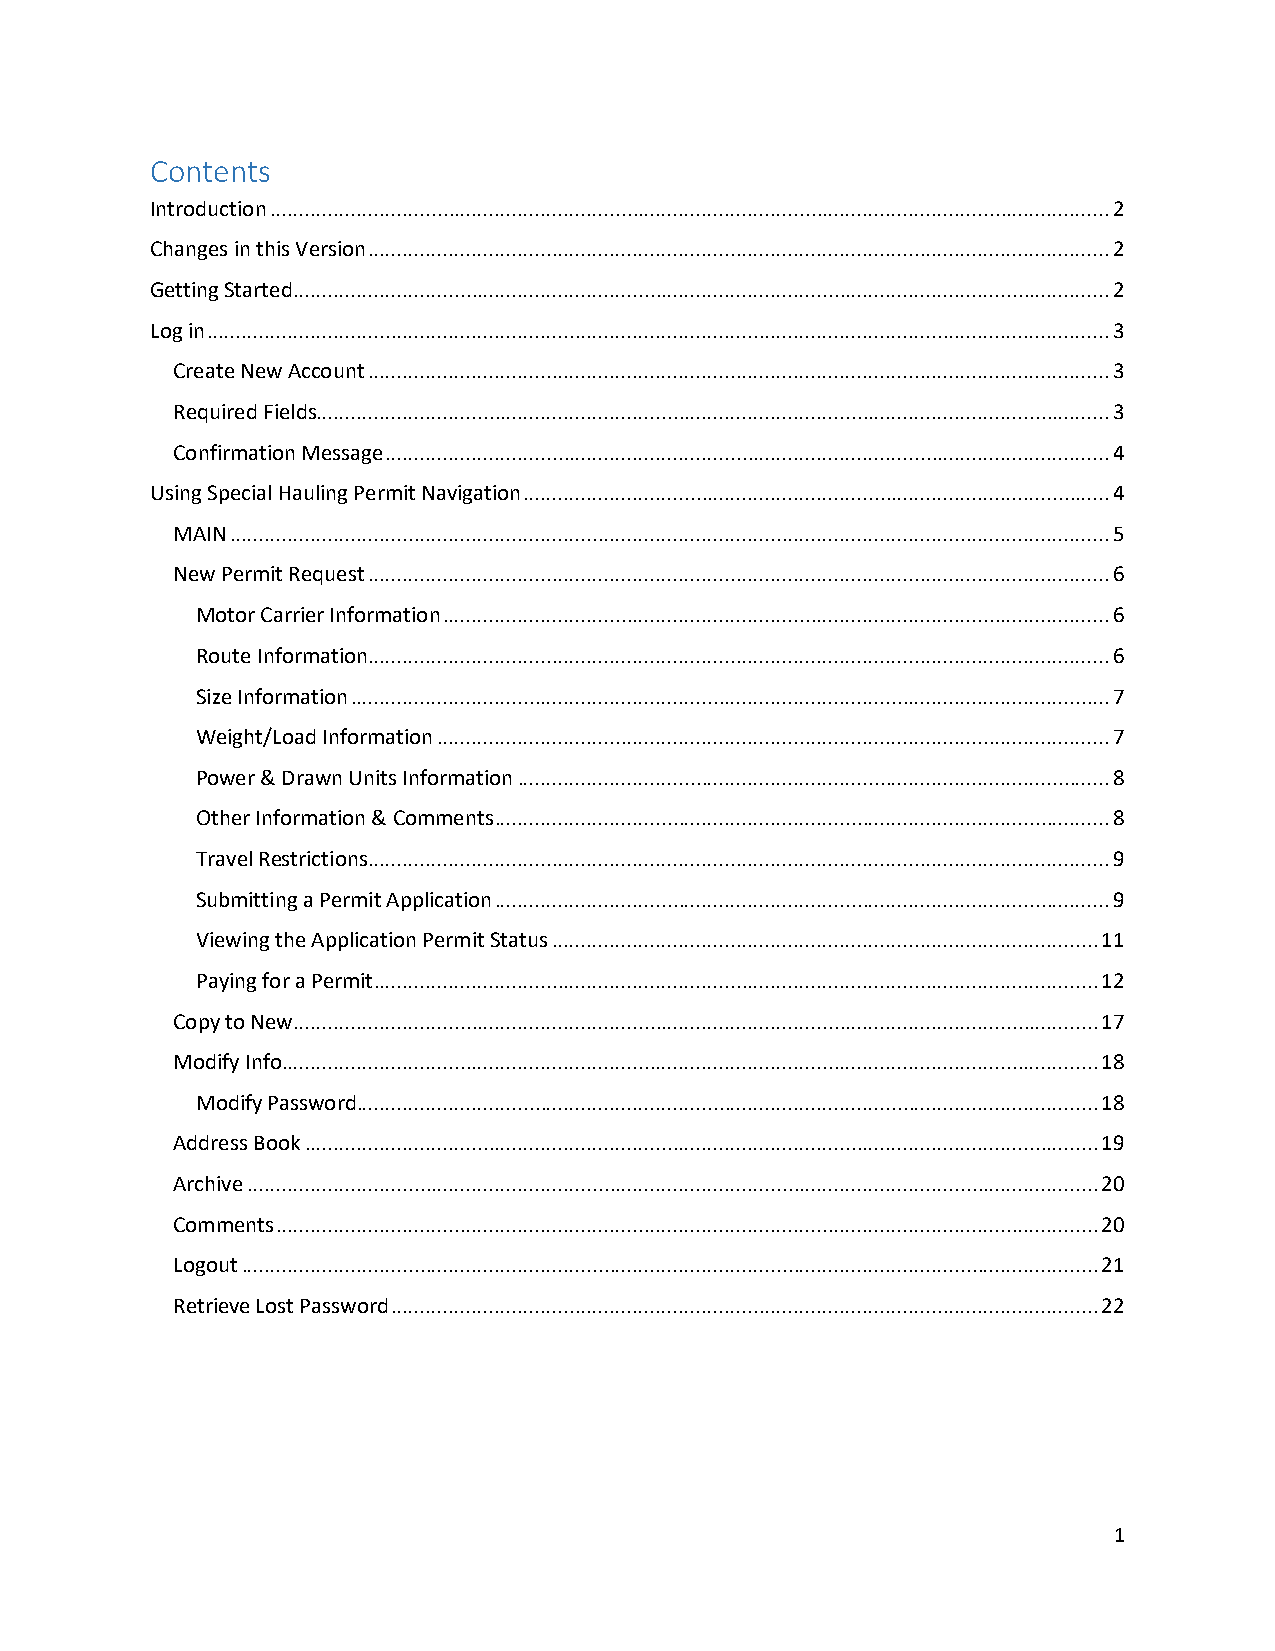
Contents
 Introduction .................................................................................................................................................. 2
 Changes in this Version ................................................................................................................................. 2
 Getting Started .............................................................................................................................................. 2
 Log in ............................................................................................................................................................. 3
 Create New Account ................................................................................................................................. 3
 Required Fields.......................................................................................................................................... 3
 Confirmation Message .............................................................................................................................. 4
 Using Special Hauling Permit Navigation ...................................................................................................... 4
 MAIN ......................................................................................................................................................... 5
 New Permit Request ................................................................................................................................. 6
 Motor Carrier Information .................................................................................................................... 6
 Route Information ................................................................................................................................. 6
 Size Information .................................................................................................................................... 7
 Weight/Load Information ..................................................................................................................... 7
 Power & Drawn Units Information ....................................................................................................... 8
 Other Information & Comments ........................................................................................................... 8
 Travel Restrictions ................................................................................................................................. 9
 Submitting a Permit Application ........................................................................................................... 9
 Viewing the Application Permit Status ............................................................................................... 11
 Paying for a Permit .............................................................................................................................. 12
 Copy to New ............................................................................................................................................ 17
 Modify Info .............................................................................................................................................. 18
 Modify Password................................................................................................................................. 18
 Address Book .......................................................................................................................................... 19
 Archive .................................................................................................................................................... 20
 Comments ............................................................................................................................................... 20
 Logout ..................................................................................................................................................... 21
 Retrieve Lost Password ........................................................................................................................... 22
 1